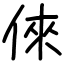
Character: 倈